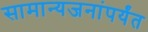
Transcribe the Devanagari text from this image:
सामान्यजनांपर्यंत